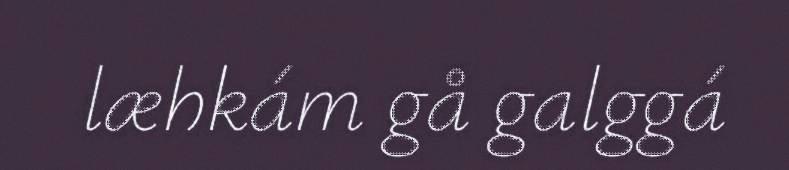
læhkám gå galggá